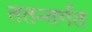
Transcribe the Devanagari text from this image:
ततन्तर्गत